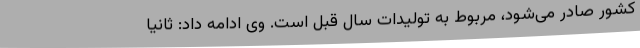
کشور صادر می‌شود، مربوط به تولیدات سال قبل است. وی ادامه داد: ثانیاً